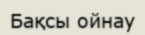
Бақсы ойнау